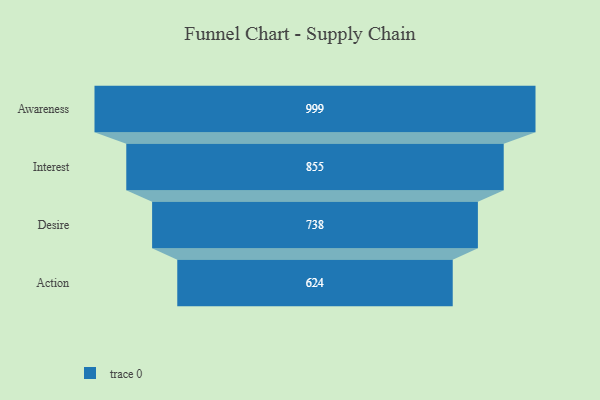
{"axis": {"x": "Stage", "y": "Value"}, "legend": [""], "data": [{"x": "Awareness", "y": 999.0, "type": ""}, {"x": "Interest", "y": 855.0, "type": ""}, {"x": "Desire", "y": 738.0, "type": ""}, {"x": "Action", "y": 624.0, "type": ""}]}